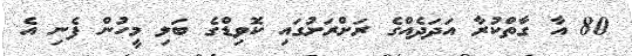
80 އާ ގާތްކުރާ އަދަދެއްގެ ރަށްރަށުގައި ކޮވިޑްގެ ބަލި މީހުން ފެނި އެ